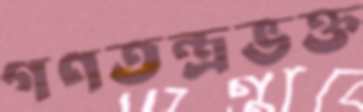
গণতন্ত্রভক্ত